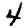
Digit: 4